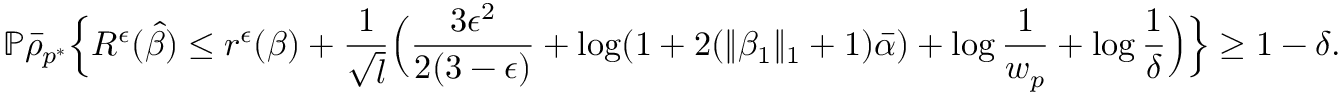
\mathbb { P } \bar { \rho } _ { p ^ { * } } \Big \{ R ^ { \epsilon } ( \hat { \beta } ) \leq r ^ { \epsilon } ( \beta ) + \frac { 1 } { \sqrt { l } } \Big ( \frac { 3 \epsilon ^ { 2 } } { 2 ( 3 - \epsilon ) } + \log ( 1 + 2 ( \| \beta _ { 1 } \| _ { 1 } + 1 ) \bar { \alpha } ) + \log \frac { 1 } { w _ { p } } + \log \frac { 1 } { \delta } \Big ) \Big \} \geq 1 - \delta .